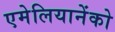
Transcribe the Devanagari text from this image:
एमेलियानेंको